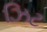
ઝિટ